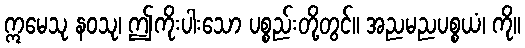
ဣမေသု နဝသု၊ ဤကိုးပါးသော ပစ္စည်းတို့တွင်။ အညမညပစ္စယံ၊ ကို။